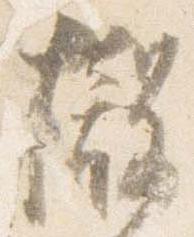
撤